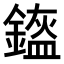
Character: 𨫿